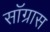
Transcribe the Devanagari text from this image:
सॉग्रास